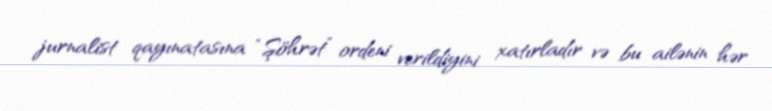
jurnalist qayınatasına “Şöhrət” ordeni verildiyini xatırladır və bu ailənin hər